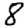
Digit: 8